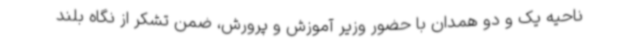
ناحیه یک و دو همدان با حضور وزیر آموزش و پرورش، ضمن تشکر از نگاه بلند